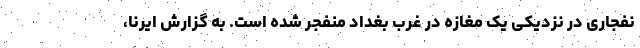
نفجاری در نزدیکی یک مغازه در غرب بغداد منفجر شده است. به گزارش ایرنا،